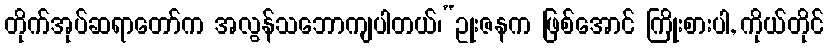
တိုက်အုပ်ဆရာတော်က အလွန်သဘောကျပါတယ်၊“ဥုးဇနက ဖြစ်အောင် ကြိုးစားပါ, ကိုယ်တိုင်